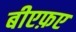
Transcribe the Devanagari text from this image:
बीएफ़ए